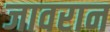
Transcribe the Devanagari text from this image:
जावरान